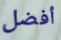
أفضل